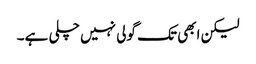
لیکن ابھی تک گولی نہیں چلی ہے۔